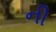
ની